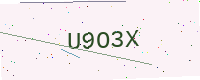
Text: U9O3X